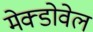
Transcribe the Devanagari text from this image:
मेक्डोवेल